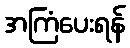
အကြံပေးရန်